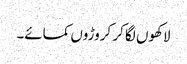
لاکھوں لگا کر کروڑوں کمائے۔